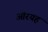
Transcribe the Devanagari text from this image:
औरयह